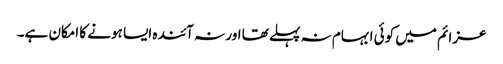
عزائم میں کوئی ابہام نہ پہلے تھا اور نہ آئندہ ایسا ہونے کا امکان ہے۔